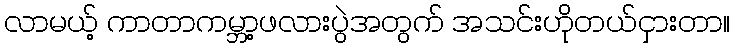
လာမယ့် ကာတာကမ္ဘာ့ဖလားပွဲအတွက် အသင်းဟိုတယ်ငှားတာ။